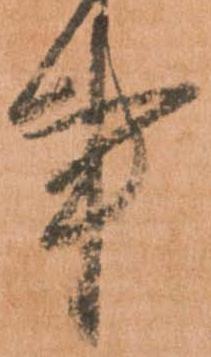
事